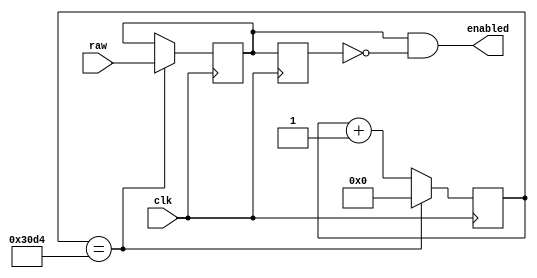
module debouncer(
    input wire  raw,
    input wire  clk,
    output wire enabled
    );
    reg debounced;
    reg debounced_prev;
    reg [15:0] counter;
    initial begin
        debounced = 0;
        debounced_prev = 0;
        counter = 0;
    end
    always @ (posedge clk) begin
        if (counter == 12500) begin
            counter <= 0;
            debounced <= raw;
        end else begin
            counter <= counter + 16'd1;
        end
        debounced_prev <= debounced;
    end
    assign enabled = debounced && !debounced_prev;
endmodule